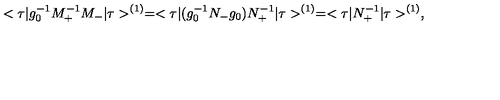
< \tau \vert g _ { 0 } ^ { - 1 } M _ { + } ^ { - 1 } M _ { - } \vert \tau > ^ { ( 1 ) } = < \tau \vert ( g _ { 0 } ^ { - 1 } N _ { - } g _ { 0 } ) N _ { + } ^ { - 1 } \vert \tau > ^ { ( 1 ) } = < \tau \vert N _ { + } ^ { - 1 } \vert \tau > ^ { ( 1 ) } ,